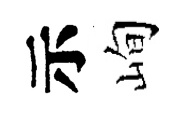
示峋